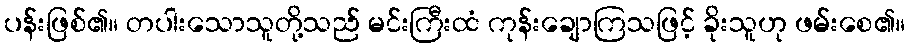
ပန်းဖြစ်၏။ တပါးသောသူတို့သည် မင်းကြီးထံ ကုန်းချောကြသဖြင့် ခိုးသူဟု ဖမ်းစေ၏။